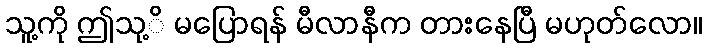
သူ့ကို ဤသု့ိ မပြောရန် မီလာနီက တားနေပြီ မဟုတ်လော။